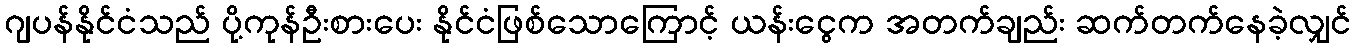
ဂျပန်နိုင်ငံသည် ပို့ကုန်ဦးစားပေး နိုင်ငံဖြစ်သောကြောင့် ယန်းငွေက အတက်ချည်း ဆက်တက်နေခဲ့လျှင်